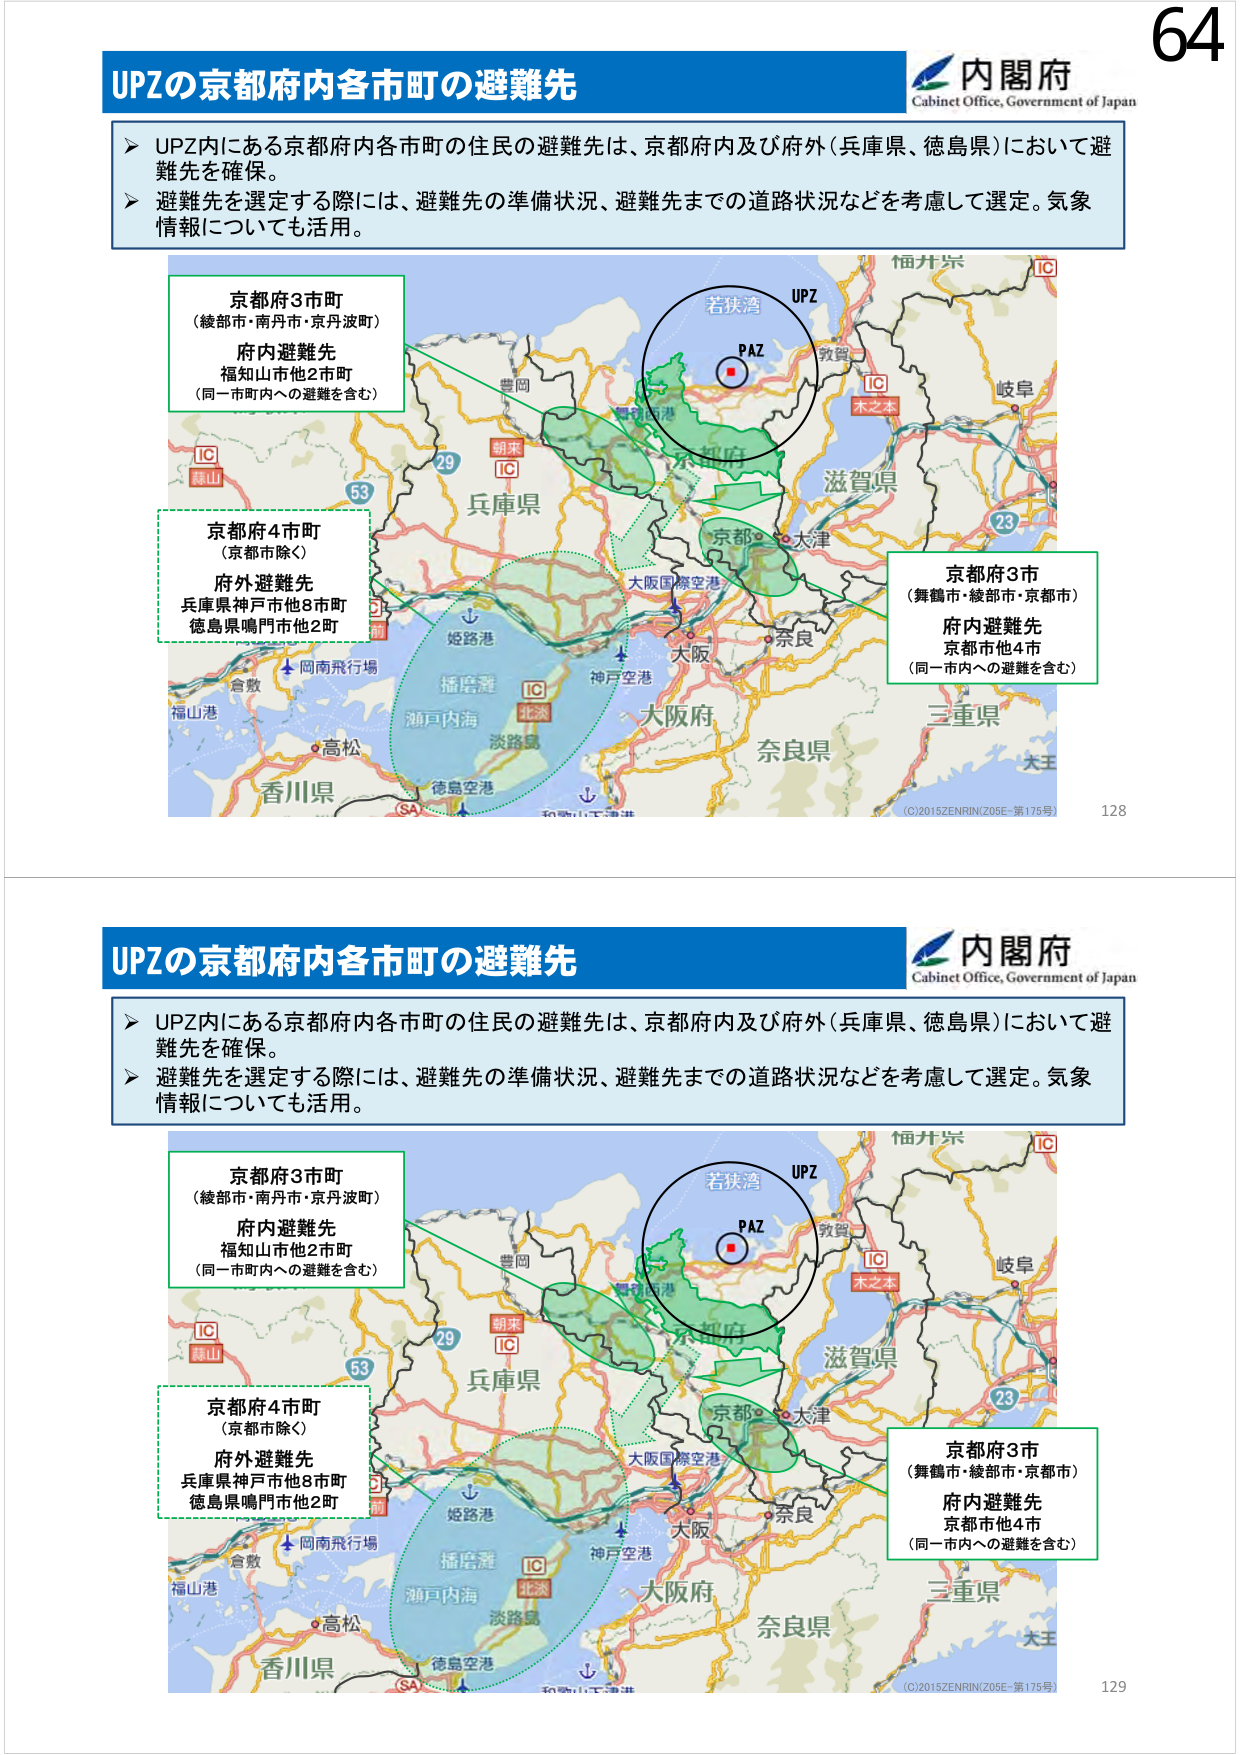
64
内閣府
Cabinet Office, Government of Japan
UPZの京都府内各市町の避難先
➤ UPZ内にある京都府内各市町の住民の避難先は、京都府内及び府外（兵庫県、徳島県）において避難先を確保。
➤ 避難先を選定する際には、避難先の準備状況、避難先までの道路状況などを考慮して選定。気象情報についても活用。
京都府3市町
（綾部市・南丹市・京丹波町）
府内避難先
福知山市他2市町
（同一市町内への避難を含む）
京都府4市町
（京都市除く）
府外避難先
兵庫県神戸市他8市町
徳島県鳴門市他2町
京都府3市
（舞鶴市・綾部市・京都市）
府内避難先
京都市他4市
（同一市内への避難を含む）
若狭湾
UPZ
PAZ
IC
木之本
IC
岐阜
滋賀県
大阪府
奈良県
三重県
大阪国際空港
京都
大津
神戸空港
姫路港
播磨灘
瀬戸内海
淡路島
徳島空港
和歌山下津港
香川県
高松
福山港
倉敷
岡南飛行場
兵庫県
豊岡
朝来
IC
IC
蒜山
29
63
(C)2015ZENRIN/Z05E-第175号
128
内閣府
Cabinet Office, Government of Japan
UPZの京都府内各市町の避難先
➤ UPZ内にある京都府内各市町の住民の避難先は、京都府内及び府外（兵庫県、徳島県）において避難先を確保。
➤ 避難先を選定する際には、避難先の準備状況、避難先までの道路状況などを考慮して選定。気象情報についても活用。
京都府3市町
（綾部市・南丹市・京丹波町）
府内避難先
福知山市他2市町
（同一市町内への避難を含む）
京都府4市町
（京都市除く）
府外避難先
兵庫県神戸市他8市町
徳島県鳴門市他2町
京都府3市
（舞鶴市・綾部市・京都市）
府内避難先
京都市他4市
（同一市内への避難を含む）
若狭湾
UPZ
PAZ
IC
木之本
IC
岐阜
滋賀県
大阪府
奈良県
三重県
大阪国際空港
京都
大津
神戸空港
姫路港
播磨灘
瀬戸内海
淡路島
徳島空港
和歌山下津港
香川県
高松
福山港
倉敷
岡南飛行場
兵庫県
豊岡
朝来
IC
IC
蒜山
29
63
(C)2015ZENRIN/Z05E-第175号
129